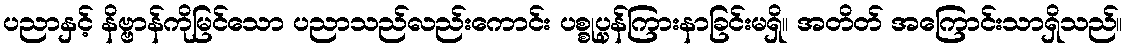
ပညာနှင့် နိဗ္ဗာန်ကိုမြင်သော ပညာသည်လည်းကောင်း ပစ္စုပ္ပန်ကြားနာခြင်းမရှိ။ အတိတ် အကြောင်းသာရှိသည်။